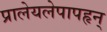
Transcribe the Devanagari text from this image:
प्रालेयलेपापहृन्